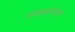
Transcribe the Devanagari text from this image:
भ्रमणध्वनीच्या